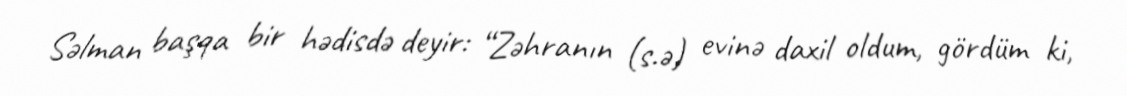
Səlman başqa bir hədisdə deyir: “Zəhranın (s.ə) evinə daxil oldum, gördüm ki,